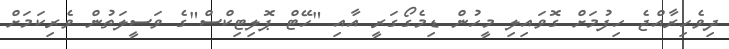
ދިވެހިރާއްޖެ ހިފުމަށް ގޮވައިލި މީހުން ޑިމެގޯގަރީ އާއި "ހޭޓް ޕޮލިޓިކްސް"ގެ ވަސީލަތުން ވެރިކަމަށް